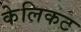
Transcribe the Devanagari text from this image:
केलिकट